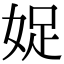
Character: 娖